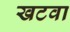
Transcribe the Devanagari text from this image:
खटवा